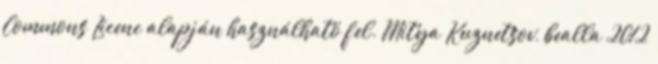
Commons Licenc alapján használható fel. Mitya Kuznetsov, bealla 2012